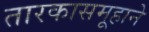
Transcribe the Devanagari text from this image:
तारकासमूहाने